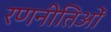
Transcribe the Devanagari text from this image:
रणनीतिओं